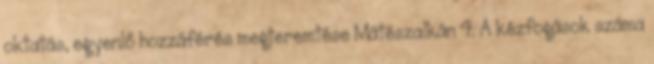
oktatás, egyenlő hozzáférés megteremtése Mátészalkán 4. A kézfogások száma